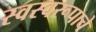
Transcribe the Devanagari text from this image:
स्वस्वरूपाचे